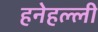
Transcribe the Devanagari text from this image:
हनेहल्ली